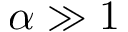
\alpha \gg 1